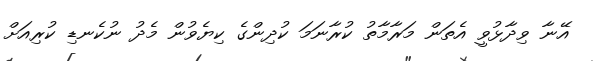
އޭނާ ވިދާޅުވީ އެތަން މަރާމާތު ކުރާނަމަ ކުދިންގެ ކިޔެވުން މެދު ނުކެނޑި ކުރިއަށް